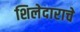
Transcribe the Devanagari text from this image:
शिलेदाराचे